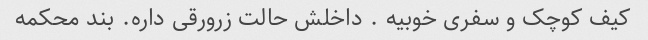
کیف کوچک و سفری خوبیه . داخلش حالت زرورقی داره. بند محکمه